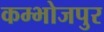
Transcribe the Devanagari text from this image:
कम्भोजपुर